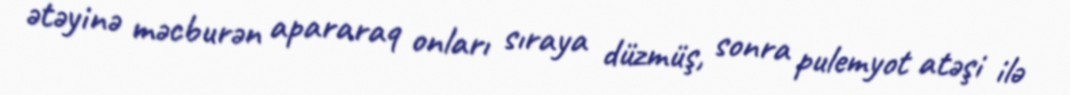
ətəyinə məcburən apararaq onları sıraya düzmüş, sonra pulemyot atəşi ilə